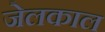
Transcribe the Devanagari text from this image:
जेलकाल